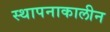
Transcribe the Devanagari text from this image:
स्थापनाकालीन